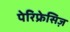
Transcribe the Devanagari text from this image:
पेरिफ्रेसिज़